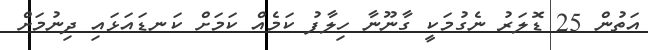
އަތުން 25 ޑޮލަރު ނެގުމަކީ ގާނޫނާ ހިލާފު ކަމެއް ކަމަށް ކަނޑައަޅައި ދިނުމަށް